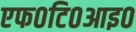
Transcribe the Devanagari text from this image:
एफ०टि०आइ०